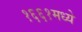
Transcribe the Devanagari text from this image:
१६६१मध्ये